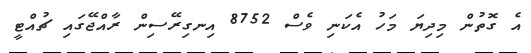
އެ ގޮތުން މިދިޔަ މަހު އެކަނި ވެސް 8752 އިނގިރޭސިން ރާއްޖޭގައި ޗުއްޓީ